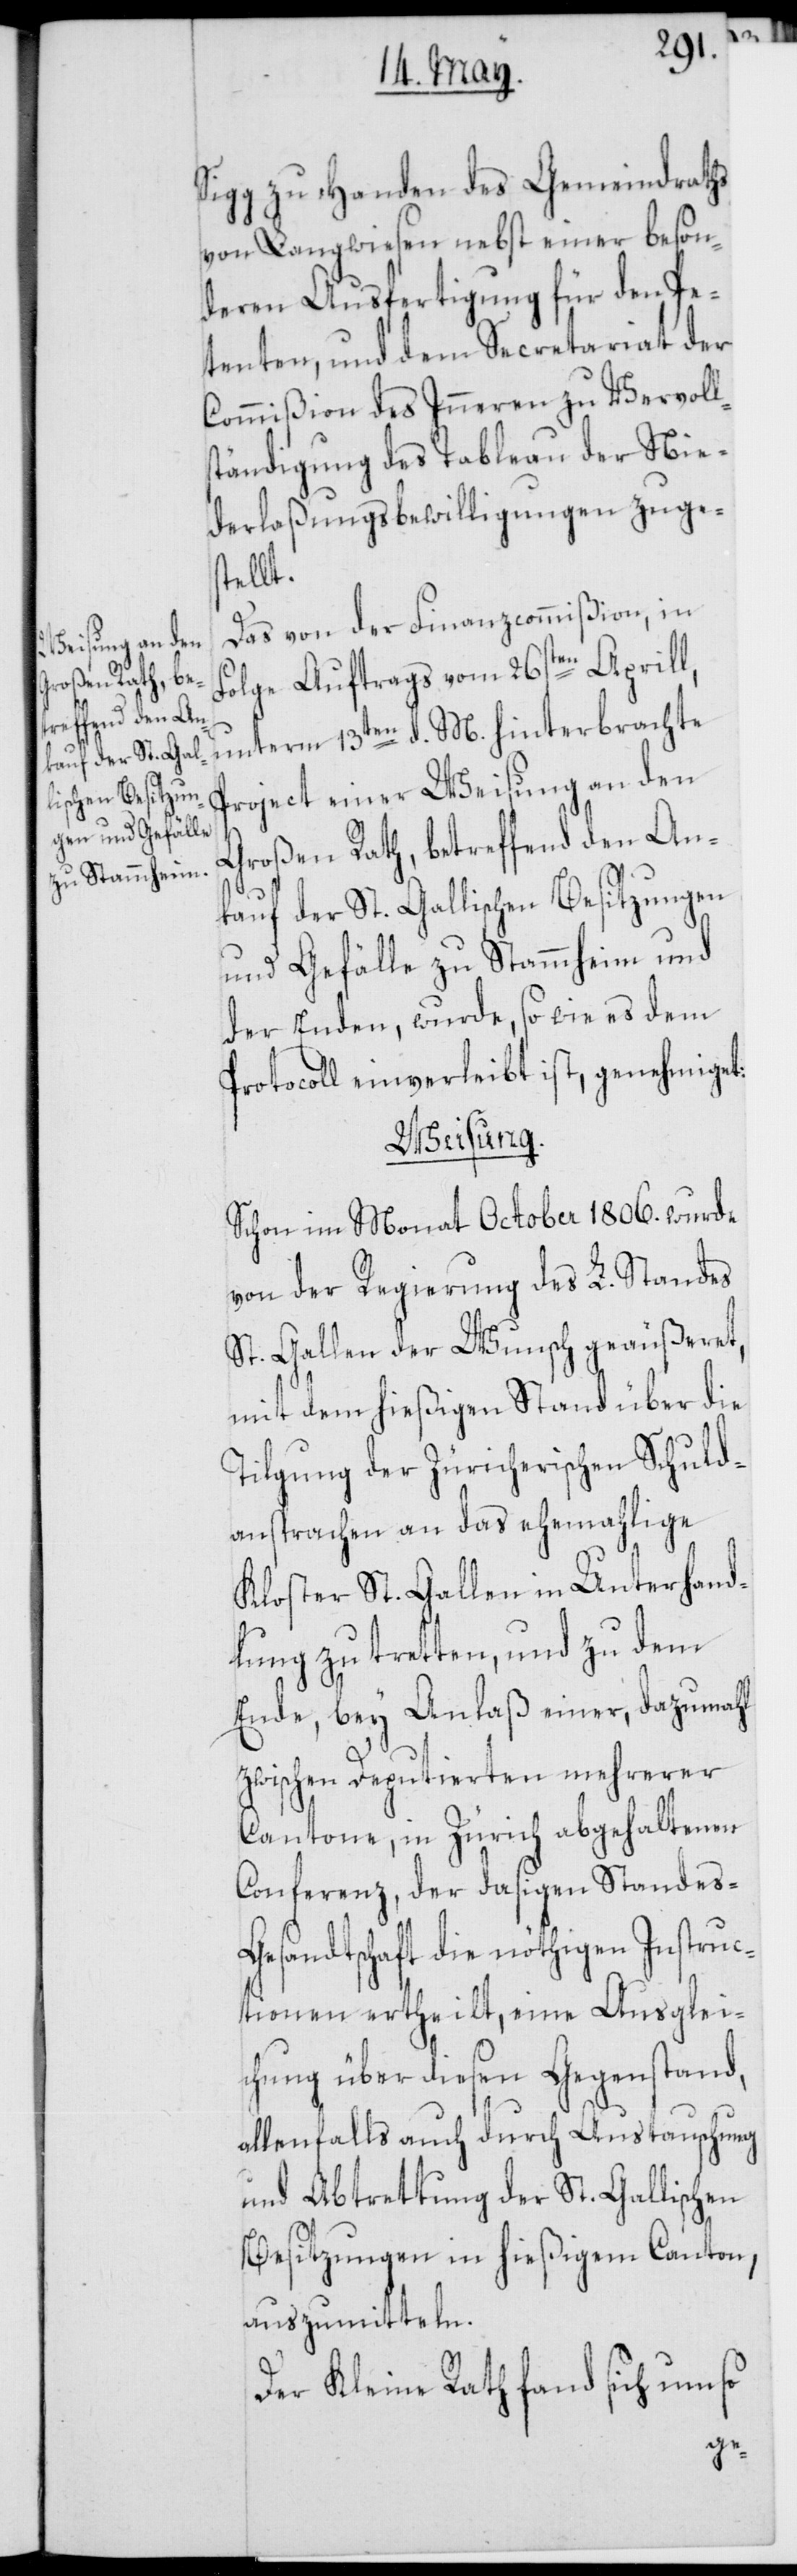
Sigg zu Handen des Gemeindraths
von Langwiesen nebst einer beson¬
deren Ausfertigung für den Pe¬
tenten, und dem Secretariat der
Commißion des Inneren zu Vervoll¬
ständigung des Tableau der Nie¬
derlaßungsbewilligungen zuge¬
stellt.
Das von der Finanzcommißion, in
Folge Auftrags vom 26sten Aprill,
hinterbrachte Project einer Weisung an den
Großen Rath, betreffend den An¬
kauf der St. Gallischen Besitzungen
und Gefälle zu Stammheim und
der Enden, wurde, so wie es dem
Protocoll einverleibt ist, genehmiget:
Weisung.
Schon im Monat October 1806. wurde
von der Regierung des L. Standes
St. Gallen der Wunsch geäußeret,
mit dem hießigen Stand über die¬
Tilgung der Zürcherischen Schuld¬
ansprachen an das ehemahlige
Kloster St. Gallen in Unterhand¬
lung zu tretten, und zu dem
Ende, bey Anlaß einer, dazumahl
zwischen Deputierten mehrerer
Cantone, in Zürich abgehaltenen
Conferenz, der dasigen Standes-G¬
esandtschaft die nöthigen Instruc¬
tionen ertheilt, eine Ausglei¬
chung über diesen Gegenstand,
allenfalls auch durch Austauschung
und Abtrettung der St. Gallischen
Besitzungen in hießigem Canton,
auszumitteln.
Der Kleine Rath fand sich umso

d. M.